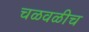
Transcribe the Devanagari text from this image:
चळवळीच